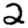
Digit: 2